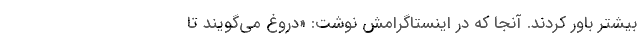
بیشتر باور کردند. آنجا که در اینستاگرامش نوشت: «دروغ می‌گویند تا